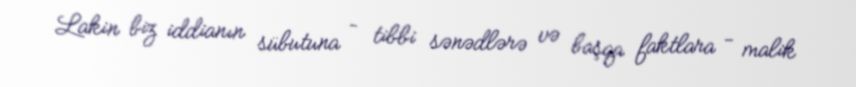
Lakin biz iddianın sübutuna - tibbi sənədlərə və başqa faktlara - malik